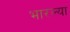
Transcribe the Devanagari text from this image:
भारल्या